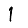
Digit: 1